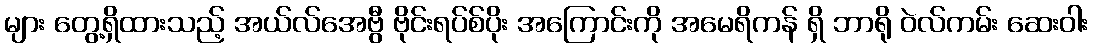
များ တွေ့ရှိထားသည့် အယ်လ်အေဗွီ ဗိုင်းရပ်စ်ပိုး အကြောင်းကို အမေရိကန် ရှိ ဘာရို ဝဲလ်ကမ်း ဆေးဝါး